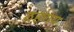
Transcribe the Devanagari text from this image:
ठहराय